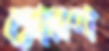
প্রেরণ